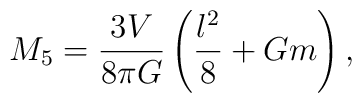
M_5 =\frac{3V}{8\pi G}\left(\frac{l^2}{8} +Gm\right),